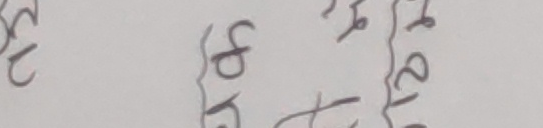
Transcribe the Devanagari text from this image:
२३ ठिक १२१